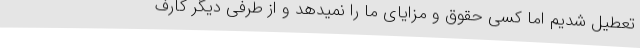
تعطیل شدیم اما کسی حقوق و مزایای ما را نمیدهد و از طرفی دیگر کارف